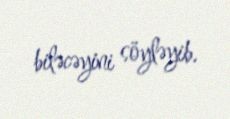
biləcəyini söyləyib.